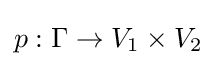
p:\Gamma \to V_{1}\times V_{2}